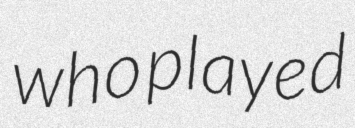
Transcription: who played